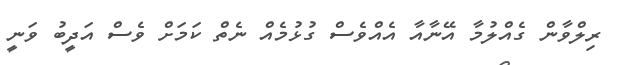
ރިލްވާން ގެއްލުމާ އޭނާއާ އެއްވެސް ގުޅުމެއް ނެތް ކަމަށް ވެސް އަދީބު ވަނީ